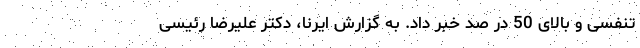
تنفسی و بالای 50 در صد خبر داد. به گزارش ایرنا، دکتر علیرضا رئیسی